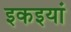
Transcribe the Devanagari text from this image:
इकइयां